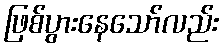
ဖြစ်ပွားနေသော်လည်း